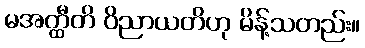
မအတ္ထီတိ ဝိညာယတိဟု မိန့်သတည်း။